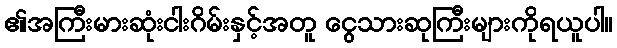
၏အကြီးမားဆုံးငါးဂိမ်းနှင့်အတူ ငွေသားဆုကြီးများကိုရယူပါ။